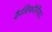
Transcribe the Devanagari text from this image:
कैलिफ़ोर्निया।